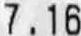
7.16